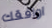
اوافقك